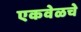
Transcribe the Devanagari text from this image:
एकवेळचे